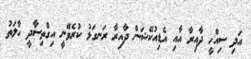
އަދި ސިއްހީ ދާއިރާ އާއި އެޑިއުކޭޝަން ދާއިރާ ރަނގަޅު ކުރެވޭނީ އިގްތިސާދީ ހާލަތު